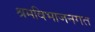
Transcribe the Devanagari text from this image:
श्रमविभाजनगत